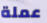
عملة